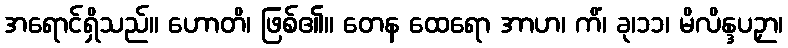
အရောင်ရှိသည်။ ဟောတိ၊ ဖြစ်၏။ တေန ထေရော အာဟ၊ ကိံ၊ ခု၊၁၁၊ မိလိန္ဒပဉှာ၊